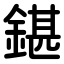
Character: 鍖